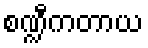
စဏ္ဍီကတာယ